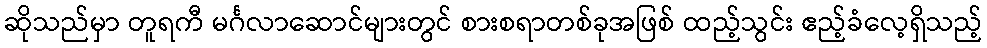
ဆိုသည်မှာ တူရကီ မင်္ဂလာဆောင်များတွင် စားစရာတစ်ခုအဖြစ် ထည့်သွင်း ဧည့်ခံလေ့ရှိသည့်